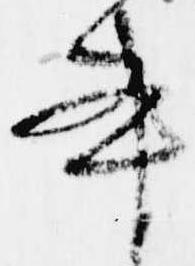
書